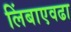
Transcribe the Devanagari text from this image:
लिंबाएवढा